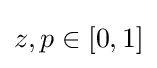
z,p\in [0,1]